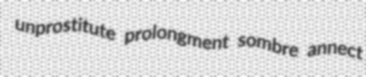
unprostitute prolongment sombre annect